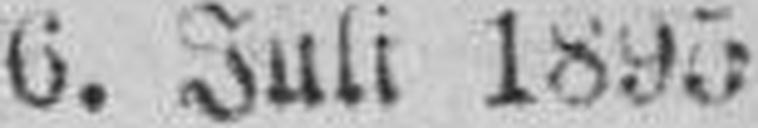
6. Juli 1895